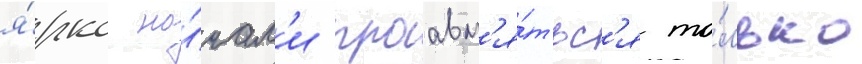
я́рко на́чал'и проавл'я́тьс'я то́лько